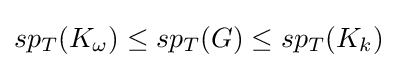
sp_{T}(K_{\omega })\leq sp_{T}(G)\leq sp_{T}(K_{k})